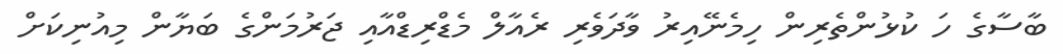
ބާސާގެ ހަ ކުޅުންތެރިން ހިމެނޭއިރު ވާދަވެރި ރެއާލް މެޑްރިޑްއާއި ޖަރުމަންގެ ބަޔާން މިއުނިކަށް